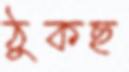
ঠুকছ